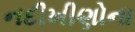
નદીખીણોના